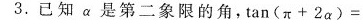
3.已知α是第二象限的角,$$tan ( π + 2 a ）=